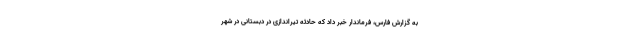
به گزارش فارس، فرماندار خبر داد که حادثه تیراندازی در دبستانی در شهر